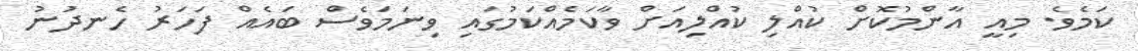
ކަމެވެ. މިއީ އާންމުކޮށް ކުއްލި ކުއްލިއަށް ވާކަމެއްކަމުގައި ވިނަމަވެސް ބައެއް ފަހަރު ހެނދުނު